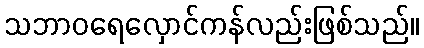
သဘာဝရေလှောင်ကန်လည်းဖြစ်သည်။